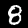
Digit: 8